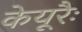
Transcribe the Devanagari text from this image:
केयूरैः